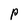
Character: P